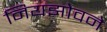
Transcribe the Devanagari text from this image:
नियझोवने